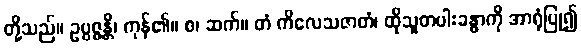
တို့သည်။ ဥပ္ပဇ္ဇန္တိ၊ ကုန်၏။ စ၊ ဆက်။ တံ ကိလေသဇာတံ၊ ထိုသူတပါးခန္ဓာကို အာရုံပြု၍